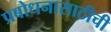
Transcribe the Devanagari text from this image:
प्रबोधनासाठीची